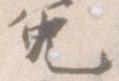
免